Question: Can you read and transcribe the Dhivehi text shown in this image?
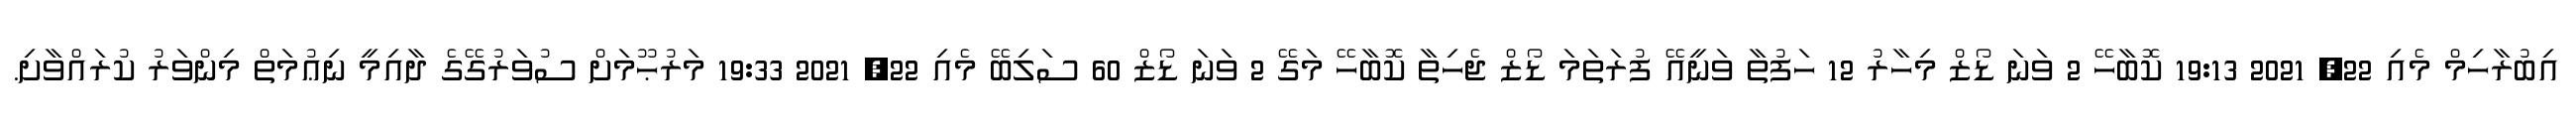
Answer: އިބުރާހިމް މެއި 22, 2021 19:13 ކޮބާހޭ 2 ވަނަ ޑޯޒް މިހާރު 12 ހަފުތާ ވަނީއޭ ފުރަތަމަ ޑޯޒް ޖެހިތާ ކޮބާހޭ މަގޭ 2 ވަނަ ޑޯޒް 60 ސަލިބޭ މެއި 22, 2021 19:33 މަރުޙޫމަށް ސުވަރުގޭގެ ދާއިމީ ނިޢުމަތް މިންވަރު ކުރައްވާށި.